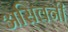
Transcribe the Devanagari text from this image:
असिवनी